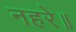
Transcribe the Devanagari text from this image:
नहरे॥